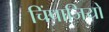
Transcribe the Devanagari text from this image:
चिंपाजियों